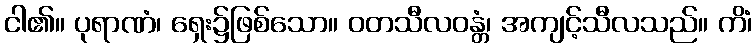
ငါ၏။ ပုရာဏံ၊ ရှေး၌ဖြစ်သော။ ဝတသီလဝန္တံ၊ အကျင့်သီလသည်။ ကိံ၊